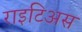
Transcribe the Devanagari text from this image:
राइटिअस